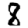
Digit: 8